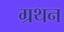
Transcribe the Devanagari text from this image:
ग्रथन